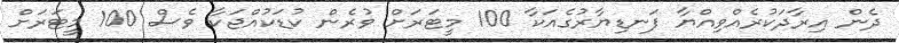
ދެން އިރާދަކުރެއްވިއްޔާ ފަނޑިޔާރުގެއަކާ 100 މީޓަރަށް ވުރެން ކުޑަކުއްޖަކާ ވެސް 100 މީޓަރަށް